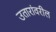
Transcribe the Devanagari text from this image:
उतारांवरील